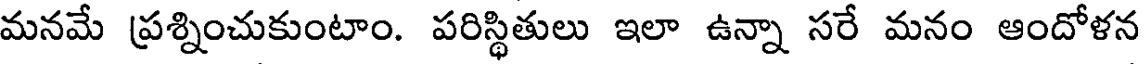
మనమే ప్రశ్నించుకుంటాం. పరిస్థితులు ఇలా ఉన్నా సరే మనం ఆందోళన